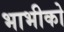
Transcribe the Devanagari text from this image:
भाभीको